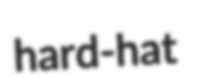
hard-hat